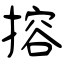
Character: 搈